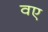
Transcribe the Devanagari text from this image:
वए